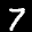
Label: 7